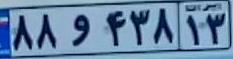
۸۸و۴۳۸۱۳